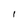
Character: 1